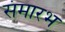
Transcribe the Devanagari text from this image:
संमारभ